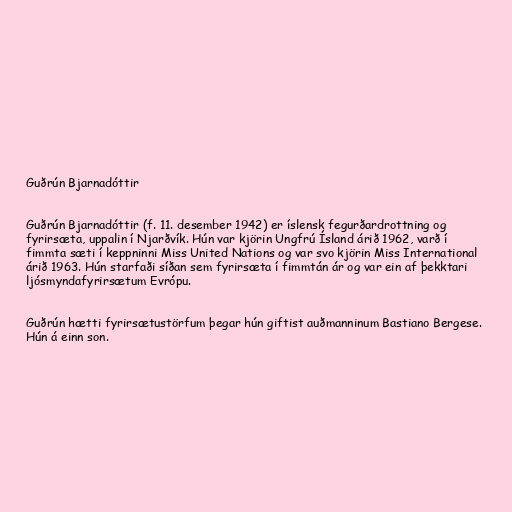
Guðrún Bjarnadóttir

Guðrún Bjarnadóttir (f. 11. desember 1942) er íslensk fegurðardrottning og
fyrirsæta, uppalin í Njarðvík. Hún var kjörin Ungfrú Ísland árið 1962, varð í
fimmta sæti í keppninni Miss United Nations og var svo kjörin Miss International
árið 1963. Hún starfaði síðan sem fyrirsæta í fimmtán ár og var ein af þekktari
ljósmyndafyrirsætum Evrópu.

Guðrún hætti fyrirsætustörfum þegar hún giftist auðmanninum Bastiano Bergese.
Hún á einn son.